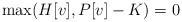
LaTeX: \begin{align*} \max(H[v],P[v]-K)=0\end{align*}